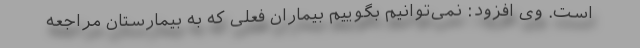
است. وی افزود: نمی‌توانیم بگوییم بیماران فعلی که به بیمارستان مراجعه